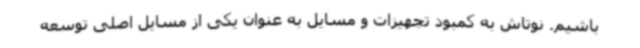
باشیم. نوتاش به کمبود تجهیزات و مسایل به عنوان یکی از مسایل اصلی توسعه